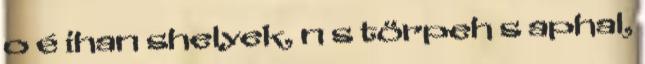
o é ihan shelyek, n s törpeh s aphal,